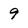
Character: 9